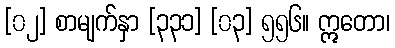
[၀၂] စာမျက်နှာ [၃၃၁] [၀၃] ၅၅၆။ ဣတော၊